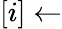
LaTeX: [i]\leftarrow